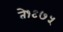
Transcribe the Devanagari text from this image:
ते१९७५